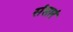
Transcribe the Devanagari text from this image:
संसारं